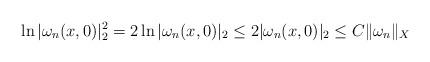
LaTeX: \begin{align*} \ln |\omega_n(x,0)|_2^2=2 \ln |\omega_n(x,0)|_2\leq 2|\omega_n(x,0)|_2\leq C\|\omega_n\|_X \end{align*}